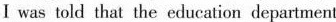
Ⅰ was told that the education department